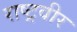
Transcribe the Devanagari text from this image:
राष्ट्रवीर